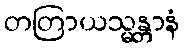
တတြာယသ္မန္တာနံ